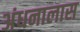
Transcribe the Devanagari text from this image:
अंधनालास